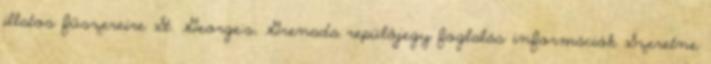
illatos fűszereire St. George's, Grenada repülőjegy foglalás információk Szeretne